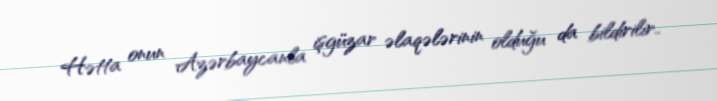
Hətta onun Azərbaycanla işgüzar əlaqələrinin olduğu da bildirilir..